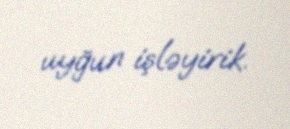
uyğun işləyirik.